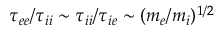
\tau _ { e e } / \tau _ { i i } \sim \tau _ { i i } / \tau _ { i e } \sim ( m _ { e } / m _ { i } ) ^ { 1 / 2 }